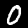
Label: 0